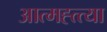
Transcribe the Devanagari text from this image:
आत्मह्त्त्या